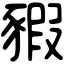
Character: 豭